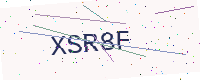
Text: XSR8F